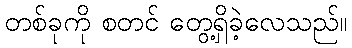
တစ်ခုကို စတင် တွေ့ရှိခဲ့လေသည်။